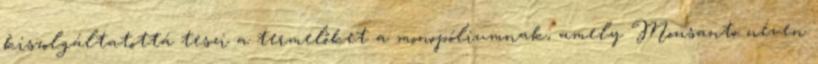
kiszolgáltatottá teszi a termelőket a monopóliumnak, amely Monsanto néven